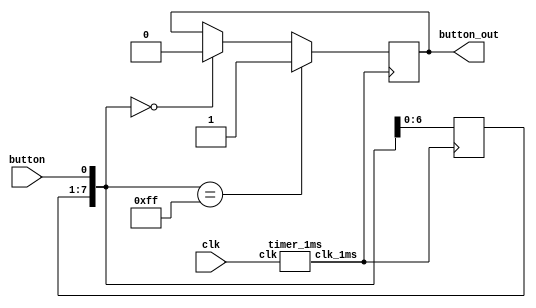
`timescale 1ns / 1ps
//////////////////////////////////////////////////////////////////////////////////
// Company: 
// Engineer: 
// 
// Design Name: 
// Module Name:    pbdebounce 
// Project Name: 
// Target Devices: 
// Tool versions: 
// Description: 
//
// Dependencies: 
//
// Revision: 
// Revision 0.01 - File Created
// Additional Comments: 
//
//////////////////////////////////////////////////////////////////////////////////
module pbdebounce
	(input wire clk,
	input wire button,
	output reg button_out);
	
	reg [7:0] pbshift;
	wire clk_1ms;
	timer_1ms m0(clk, clk_1ms);
	always@(posedge clk_1ms) begin
	pbshift=pbshift<<1;
	pbshift[0]=button;
	if (pbshift==0)
	button_out=0;
	if (pbshift==8'hFF)
	button_out=1;
end
endmodule

module timer_1ms
	(input wire clk,
	output reg clk_1ms);
	
	reg [15:0] cnt;
	initial begin
	cnt [15:0] <=0;
	clk_1ms <= 0;
	end
	always@(posedge clk)
	if(cnt>=25000) begin
	cnt<=0;
	clk_1ms <= ~clk_1ms;
	end
	else begin
	cnt<=cnt+1;
	end
endmodule